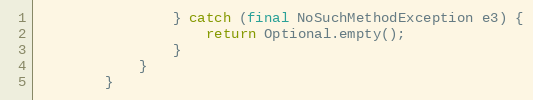
Language: Java
                } catch (final NoSuchMethodException e3) {
                    return Optional.empty();
                }
            }
        }